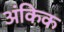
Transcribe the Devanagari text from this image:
अंकिक